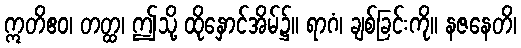
ဣတိဧဝ၊ တတ္ထ၊ ဤသို့ ထိုနှောင်အိမ်၌။ ရာဂံ၊ ချစ်ခြင်းကို။ နဇနေတိ၊